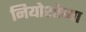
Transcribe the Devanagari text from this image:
नियोशोच्या